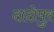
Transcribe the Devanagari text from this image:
दादोपुर